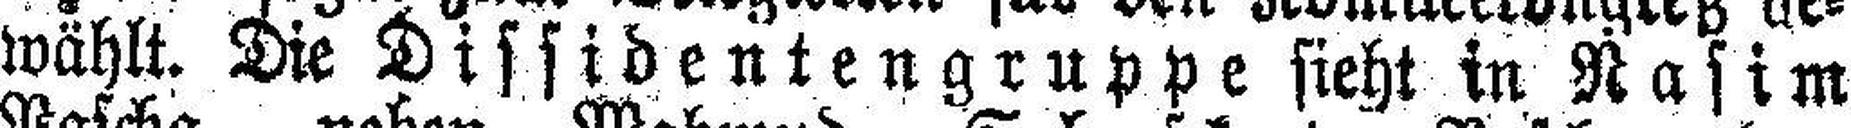
wählt. Die Dissidentengruppe sieht in Nasim